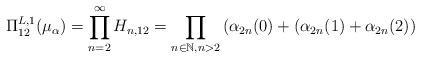
LaTeX: \begin{align*} \Pi^{L,1}_{12}(\mu_\alpha)=\prod_{n=2}^\infty H_{n,12}= \prod_{n\in{\mathbb N},n>2}\left(\alpha_{2n}(0)+(\alpha_{2n}(1)+\alpha_{2n}(2))\right.\end{align*}